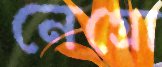
নেগ্রো